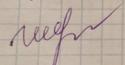
Signature authenticity: genuine